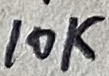
Text: 10K